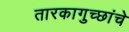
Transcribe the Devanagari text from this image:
तारकागुच्छांचे